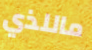
ماللذي